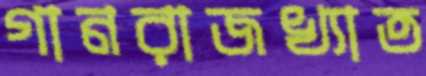
গানরাজখ্যাত